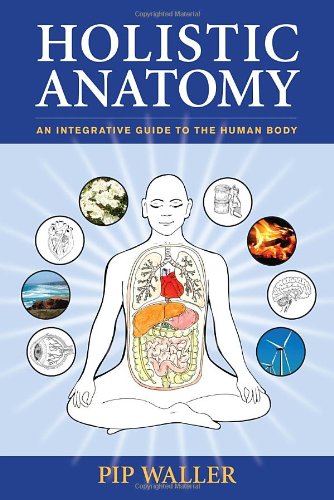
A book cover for Holistic Anatomy: An Integrative Guide to the Human Body; Pip Waller; Health, Fitness & Dieting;